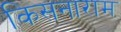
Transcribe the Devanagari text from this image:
किसनाराम